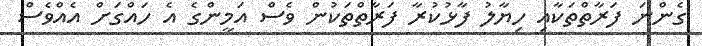
ގެންނަ ފަރާތްތަކާއި ހިޔާލު ފާޅުކުރާ ފަރާތްތަކުން ވެސް އަމީންގެ އެ ހައްގަށް އެއްވެސް